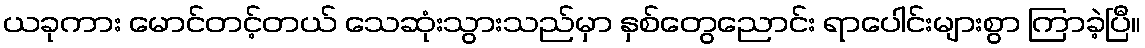
ယခုကား မောင်တင့်တယ် သေဆုံးသွားသည်မှာ နှစ်တွေညောင်း ရာပေါင်းများစွာ ကြာခဲ့ပြီ။